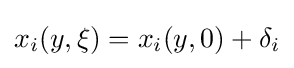
x_{i}(y,\xi )=x_{i}(y,0)+\delta _{i}